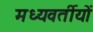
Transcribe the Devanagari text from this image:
मध्यवर्तीयों